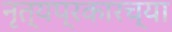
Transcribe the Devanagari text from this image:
नृत्यप्रकारच्या